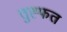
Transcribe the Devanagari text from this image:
तुह्फत